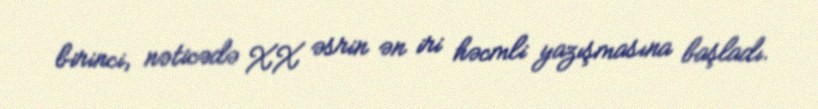
birinci, nəticədə XX əsrin ən iri həcmli yazışmasına başladı.